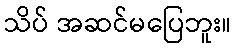
သိပ် အဆင်မပြေဘူး။